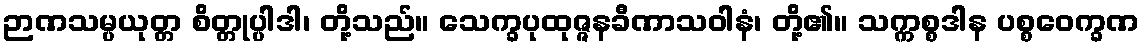
ဉာဏသမ္ပယုတ္တ စိတ္တုပ္ပါဒါ၊ တို့သည်။ သေက္ခပုထုဇ္ဇနခီဏာသဝါနံ၊ တို့၏။ သက္ကစ္စဒါန ပစ္စဝေက္ခဏ